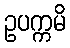
ဥပက္ကမိ